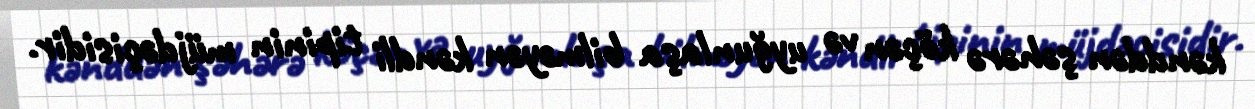
kənddən şəhərə köçən və uyğunlaşa bilməyən kəndli tipinin müjdəçisidir.